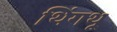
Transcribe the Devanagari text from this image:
थिंगथू